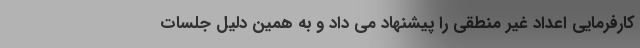
کارفرمایی اعداد غیر منطقی را پیشنهاد می داد و به همین دلیل جلسات